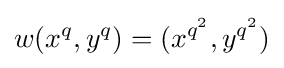
w(x^{q},y^{q})=(x^{q^{2}},y^{q^{2}})